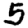
Digit: 5